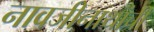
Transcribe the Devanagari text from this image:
नावजीनाथांची